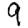
Digit: 9